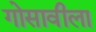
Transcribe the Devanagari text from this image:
गोसावीला